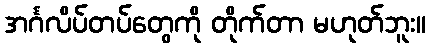
အင်္ဂလိပ်တပ်တွေကို တိုက်တာ မဟုတ်ဘူး။